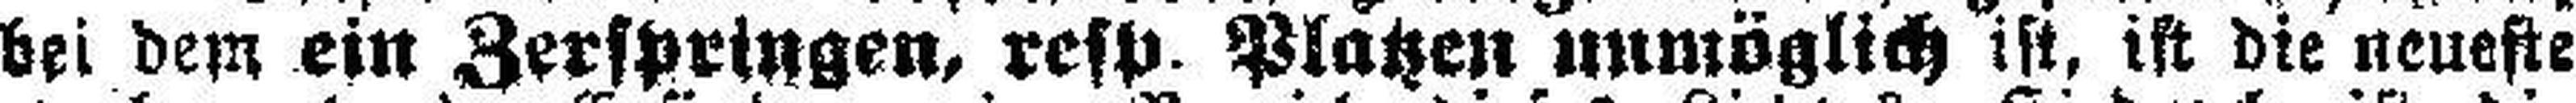
bei dem ein Zerspringen, resp. Platzen unmöglich ist, ist die neueste